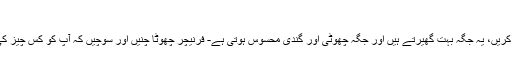
بڑا فرنیچر
اگر آپ کے پاس جگہ کم ہے تو بڑے فرنیچر سے گریز کریں، یہ جگہ بہت گھیرتے ہیں اور جگہ چھوٹی اور گندی محسوس ہوتی ہے- فرنیچر چھوٹا چنیں اور سوچیں کہ آپ کو کس چیز کی ضرورت ہے اور کونسی صرف سجاوٹ بن جائے گی۔